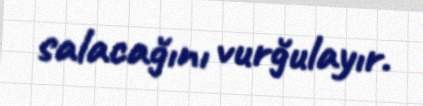
salacağını vurğulayır.